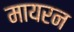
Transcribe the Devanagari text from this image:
मायरन